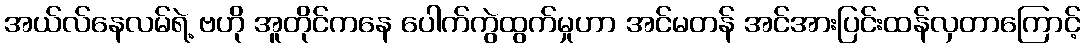
အယ်လ်နေလမ်ရဲ့ ဗဟို အူတိုင်ကနေ ပေါက်ကွဲထွက်မှုဟာ အင်မတန် အင်အားပြင်းထန်လှတာကြောင့်